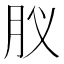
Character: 肞